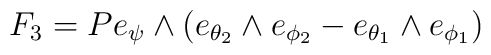
F_3 = P e_{\psi}\wedge(e_{\theta_2}\wedge e_{\phi_2} - e_{\theta_1}\wedge e_{\phi_1})